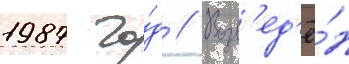
1987 го́д // Возв'ед'ё́н